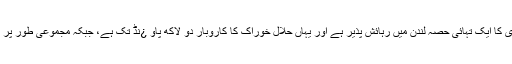
دراصل اس میلہ کا انعقاد لندن میں اس لئے کیا گیا کیونکہ برطانیہ میں مقیم مسلم آبادی کا ایک تہائی حصہ لندن میں رہائش پذیر ہے اور یہاں حلال خوراک کا کاروبار دو لاکھ پاو ¿نڈ تک ہے، جبکہ مجموعی طور پر برطانیہ میں سالانہ سات لاکھ پاو ¿نڈ مالیت کی حلال خوراک فروخت کی جاتی ہے۔